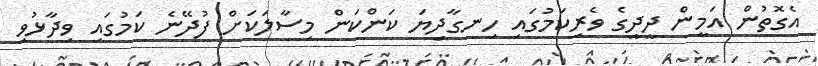
އެގޮތުން އަމީން ދީދީގެ ވެރިކަމުގައި ހިނގާދިޔަ ކަންކަން މިސާލަކަށް ފުދޭނެ ކަމުގައި ވިދާޅުވި